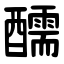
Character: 醹